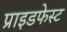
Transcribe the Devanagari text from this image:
प्राइडफेस्ट